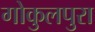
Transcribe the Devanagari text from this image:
गोकुलपुरा